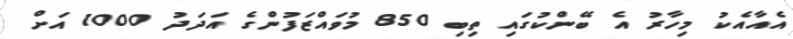
އެއާއެކު މިހާރު އެ ބޭންކުގައި ތިބި 850 މުވައްޒަފުންގެ އަދަދު 1000 އަށް